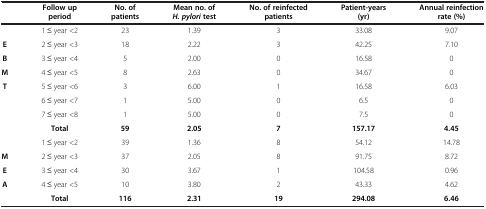
<table><thead><tr><td><b> </b></td><td><b>Follow up period</b></td><td><b>No. of patients</b></td><td><b>Mean no. of <i>H. pylori </i>test</b></td><td><b>No. of reinfected patients</b></td><td><b>Patient-years (yr)</b></td><td><b>Annual reinfection rate (%)</b></td></tr></thead><tbody><tr><td> </td><td>1 ≤ year &lt;2</td><td>23</td><td>1.39</td><td>3</td><td>33.08</td><td>9.07</td></tr><tr><td><b>E</b></td><td>2 ≤ year &lt;3</td><td>18</td><td>2.22</td><td>3</td><td>42.25</td><td>7.10</td></tr><tr><td><b>B</b></td><td>3 ≤ year &lt;4</td><td>5</td><td>2.00</td><td>0</td><td>16.58</td><td>0</td></tr><tr><td><b>M</b></td><td>4 ≤ year &lt;5</td><td>8</td><td>2.63</td><td>0</td><td>34.67</td><td>0</td></tr><tr><td><b>T</b></td><td>5 ≤ year &lt;6</td><td>3</td><td>6.00</td><td>1</td><td>16.58</td><td>6.03</td></tr><tr><td rowspan="3"> </td><td>6 ≤ year &lt;7</td><td>1</td><td>5.00</td><td>0</td><td>6.5</td><td>0</td></tr><tr><td>7 ≤ year &lt;8</td><td>1</td><td>5.00</td><td>0</td><td>7.5</td><td>0</td></tr><tr><td><b>Total</b></td><td><b>59</b></td><td><b>2.05</b></td><td><b>7</b></td><td><b>157.17</b></td><td><b>4.45</b></td></tr><tr><td> </td><td>1 ≤ year &lt;2</td><td>39</td><td>1.36</td><td>8</td><td>54.12</td><td>14.78</td></tr><tr><td><b>M</b></td><td>2 ≤ year &lt;3</td><td>37</td><td>2.05</td><td>8</td><td>91.75</td><td>8.72</td></tr><tr><td><b>E</b></td><td>3 ≤ year &lt;4</td><td>30</td><td>3.67</td><td>1</td><td>104.58</td><td>0.96</td></tr><tr><td><b>A</b></td><td>4 ≤ year &lt;5</td><td>10</td><td>3.80</td><td>2</td><td>43.33</td><td>4.62</td></tr><tr><td> </td><td><b>Total</b></td><td><b>116</b></td><td><b>2.31</b></td><td><b>19</b></td><td><b>294.08</b></td><td><b>6.46</b></td></tr></tbody></table>